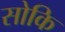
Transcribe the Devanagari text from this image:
सोकि